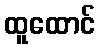
ထူထောင်